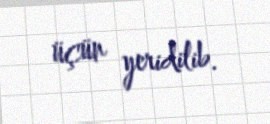
üçün yeridilib.